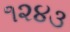
૧૨૪૩